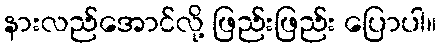
နားလည်အောင်လို့ ဖြည်းဖြည်း ပြောပါ။